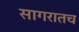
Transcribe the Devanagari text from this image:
सागरातच